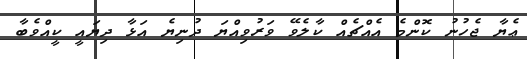
ޢެޔާ ޖެހުނު ކޮންމެ އެއްޗެއް ކާލެވޭ ވަރުވިއްޔަ ދުނިޔެ އަޅާ ދިޔައީ ކީއްވެބާ